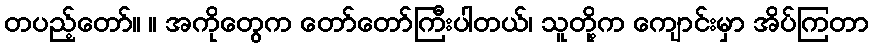
တပည့်တော်။ ။ အကိုတွေက တော်တော်ကြီးပါတယ်၊ သူတို့က ကျောင်းမှာ အိပ်ကြတာ